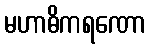
မဟာဓိကရဏော